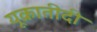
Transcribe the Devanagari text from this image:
यूक्रातीदी